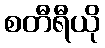
စတီရီယို